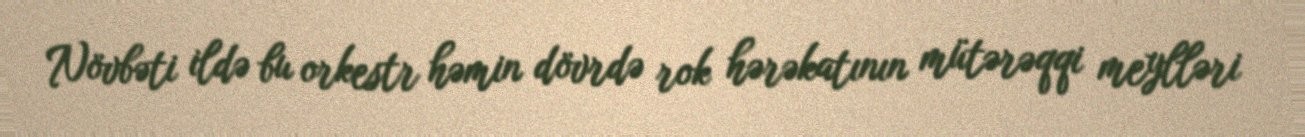
Növbəti ildə bu orkestr həmin dövrdə rok hərəkatının mütərəqqi meylləri